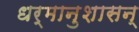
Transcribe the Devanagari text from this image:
धर्मानुशासन्